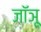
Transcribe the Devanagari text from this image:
जॉञू